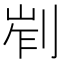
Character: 𠜿